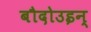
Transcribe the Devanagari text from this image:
बौदोउइन्